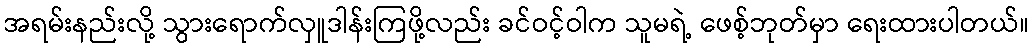
အရမ်းနည်းလို့ သွားရောက်လှူဒါန်းကြဖို့လည်း ခင်ဝင့်ဝါက သူမရဲ့ ဖေစ့်ဘုတ်မှာ ရေးထားပါတယ်။